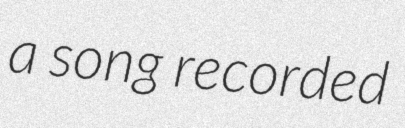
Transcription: a song recorded